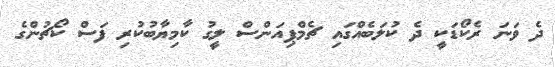
ދެ ވަނަ ރެކޯޑަކީ ދެ ކުލަބެއްގައި ޗެމްޕިއަންސް ލީގު ކާމިޔާބުކުރި ފަސް ކޯޗުންގެ